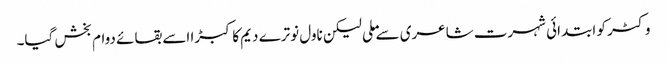
وکٹر کو ابتدائی شہرت شاعری سے ملی لیکن ناول نوترے دیم کا کبڑا اسے بقائے دوام بخش گیا۔